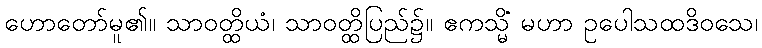
ဟောတော်မူ၏။ သာဝတ္ထိယံ၊ သာဝတ္ထိပြည်၌။ ဧကသ္မိံ မဟာ ဥပေါသထဒိဝသေ၊